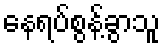
နေရပ်စွန့်ခွာသူ